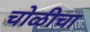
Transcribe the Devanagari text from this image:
चोळीचा